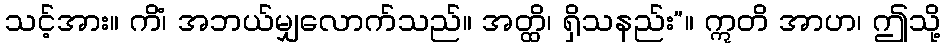
သင့်အား။ ကိံ၊ အဘယ်မျှလောက်သည်။ အတ္ထိ၊ ရှိသနည်း”။ ဣတိ အာဟ၊ ဤသို့